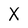
Character: X